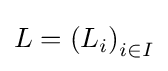
L=\left(L_{i}\right)_{i\in I}